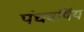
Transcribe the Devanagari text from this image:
पंचवर्षिय